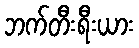
ဘက်တီးရီးယား